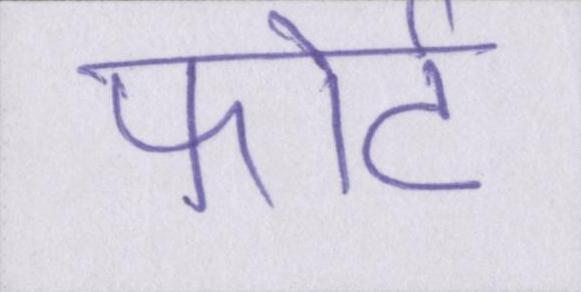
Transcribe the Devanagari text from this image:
फोर्ट